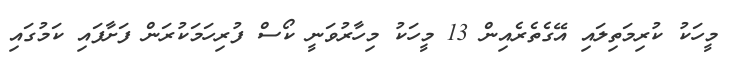
މީހަކު ކުރިމަތިލައި އޭގެތެރެއިން 13 މީހަކު މިހާރުވަނީ ކޯސް ފުރިހަމަކުރަން ފަށާފައި ކަމުގައި